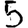
Digit: 5